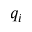
q _ { i }